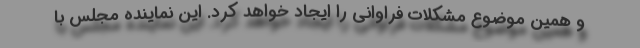
و همین موضوع مشکلات فراوانی را ایجاد خواهد کرد. این نماینده مجلس با